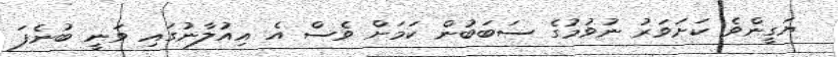
ޔަގީންވެ ކަށަވަރު ނުވުމުގެ ސަބަބުން ކަމަށް ވެސް އެ އިއުލާނުގައި ވަނީ ބުނެފަ